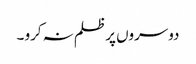
دوسروں پر ظلم نہ کرو ۔